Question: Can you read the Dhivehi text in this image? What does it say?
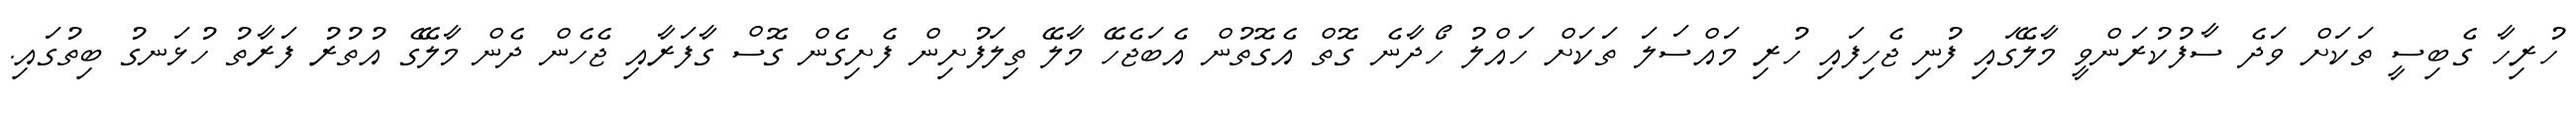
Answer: ހުރިހާ ގެބިސީ ތަކަށް ވަދެ ސާފުކުރަންވީ މާލޭގައި ފުނި ޖެހިފައި ހުރި މައްސަލަ ތަކަށް ހައްލު ހޯދާނެ ގޮތް އެގޮތުން އެބަޖެހޭ މާލޭ ތިލަފުށިން ފެށިގެން ގޮސް ގާފަރާއި ޖެހެން ދެން މާލޭގެ އުތުރު ފަރާތު ހުޅަނގު ބިތުގައި.